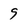
Character: 9